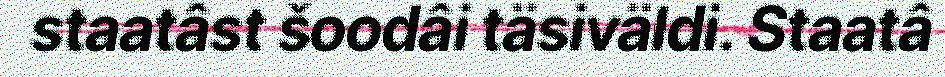
staatâst šoodâi täsiväldi. Staatâ